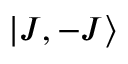
\ensuremath { \left| J , - J \right\rangle }